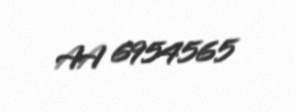
AA 6954565